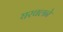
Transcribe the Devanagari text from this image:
घरचलने